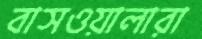
বাসওয়ালারা